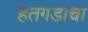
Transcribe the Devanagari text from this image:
हतगडाचा